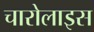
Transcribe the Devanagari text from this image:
चारोलाइस